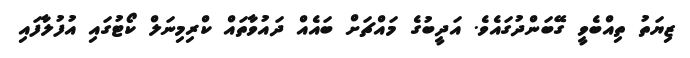
ޒިޔަތު ތިއްބެވީ ގޭބަންދުގައެވެ. އަދީބުގެ މައްޗަށް ބައެއް ދައުވާތައް ކްރިމިނަލް ކޯޓުގައި އުފުލާފައި